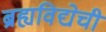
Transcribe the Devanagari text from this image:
ब्रह्यविद्येची